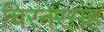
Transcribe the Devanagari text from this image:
चिरनेरसह